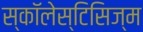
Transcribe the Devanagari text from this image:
स्कॉलेस्टिसिज्म